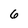
Character: 6